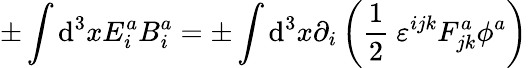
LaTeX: \pm\int\mathrm{d}^{3}xE_{i}^{a}B_{i}^{a}=\pm\int\mathrm{d}^{3}x\partial_{i}\left(\frac{{1}}{{2}}\ \varepsilon^{ijk}F_{jk}^{a}\phi^{a}\right)